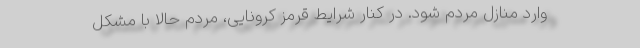
وارد منازل مردم شود. در کنار شرایط قرمز کرونایی، مردم حالا با مشکل